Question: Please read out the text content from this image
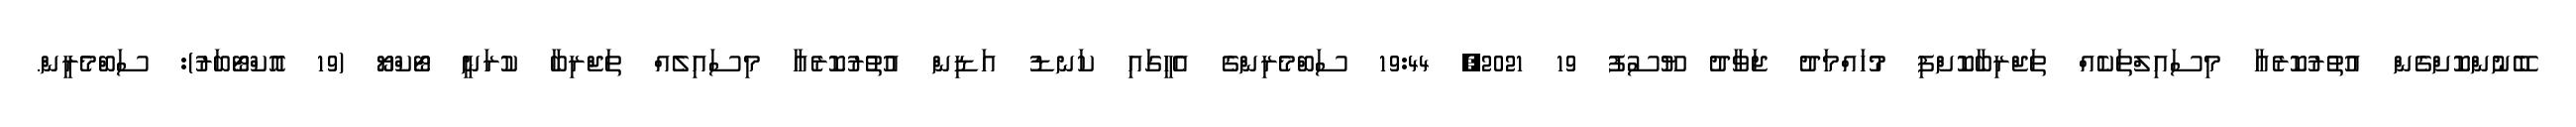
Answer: ބޭނުންކޮށްގެން އުތުރުކޮރެއާ މިސައިލްތަކެއް ތަޖްރިބާކޮށްފި މުހައްމަދު ޖަވާދު ޔޫސުފު 19 2021, 19:44 ސަބްމެރިންގެ އެހީގައި ކަނޑު އަޑިން އުތުުރުކޮރެއާ މިސައިލެއް ތަޖްރިބާ ކުރަނީ ޓޯކްޔޯ (19 އޮކްޓޯބަރު): ސަބްމެރީން.